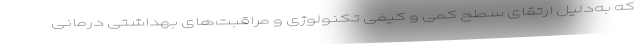
که به‌دلیل ارتقای سطح کمی و کیفی تکنولوژی و مراقبت‌های بهداشتی درمانی